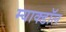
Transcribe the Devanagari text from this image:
म्याक्डॉल